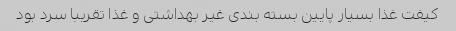
کیفت غذا بسیار پایین بسته بندی غیر بهداشتی و غذا تقریبا سرد بود